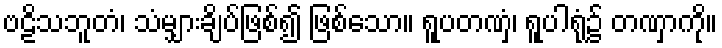
ဗဠိသဘူတံ၊ သံမျှားချိပ်ဖြစ်၍ ဖြစ်သော။ ရူပတဏှံ၊ ရူပါရုံ၌ တဏှာကို။